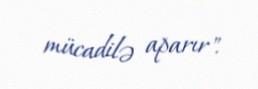
mücadilə aparır".